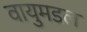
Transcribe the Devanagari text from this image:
वायुमडल